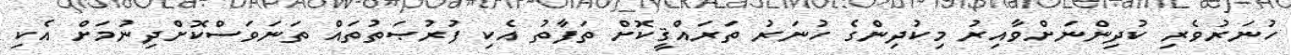
ހުނަރުވެރި ކުދިންނަށްވާއިރު މިކުދިންގެ ހުނަރު ތަރައްޤީކޮށް ތަފާތު އެކި ފުރުޞަތުތައް ތަނަވަސްކޮށްދިނުމަށް އެކި